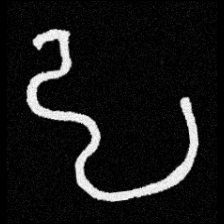
Pyu character \u2014 Myanmar letter: ဠ (romanized: lla)